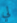
لي